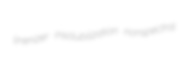
linenizer insolubilization nonspectral